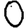
Digit: 0